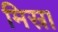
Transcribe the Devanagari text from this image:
मिस्र।